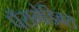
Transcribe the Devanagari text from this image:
पॅरामेडिक्स